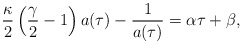
\begin{align*}\frac{\kappa}{2}\left(\frac{\gamma}{2}-1\right)a(\tau) - \frac{1}{a(\tau)}= \alpha\tau + \beta,\end{align*}